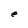
Character: e